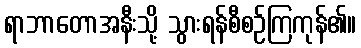
ရာဘာတောအနီးသို့ သွားရန်စီစဉ်ကြကုန်၏။